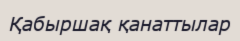
Қабыршақ қанаттылар